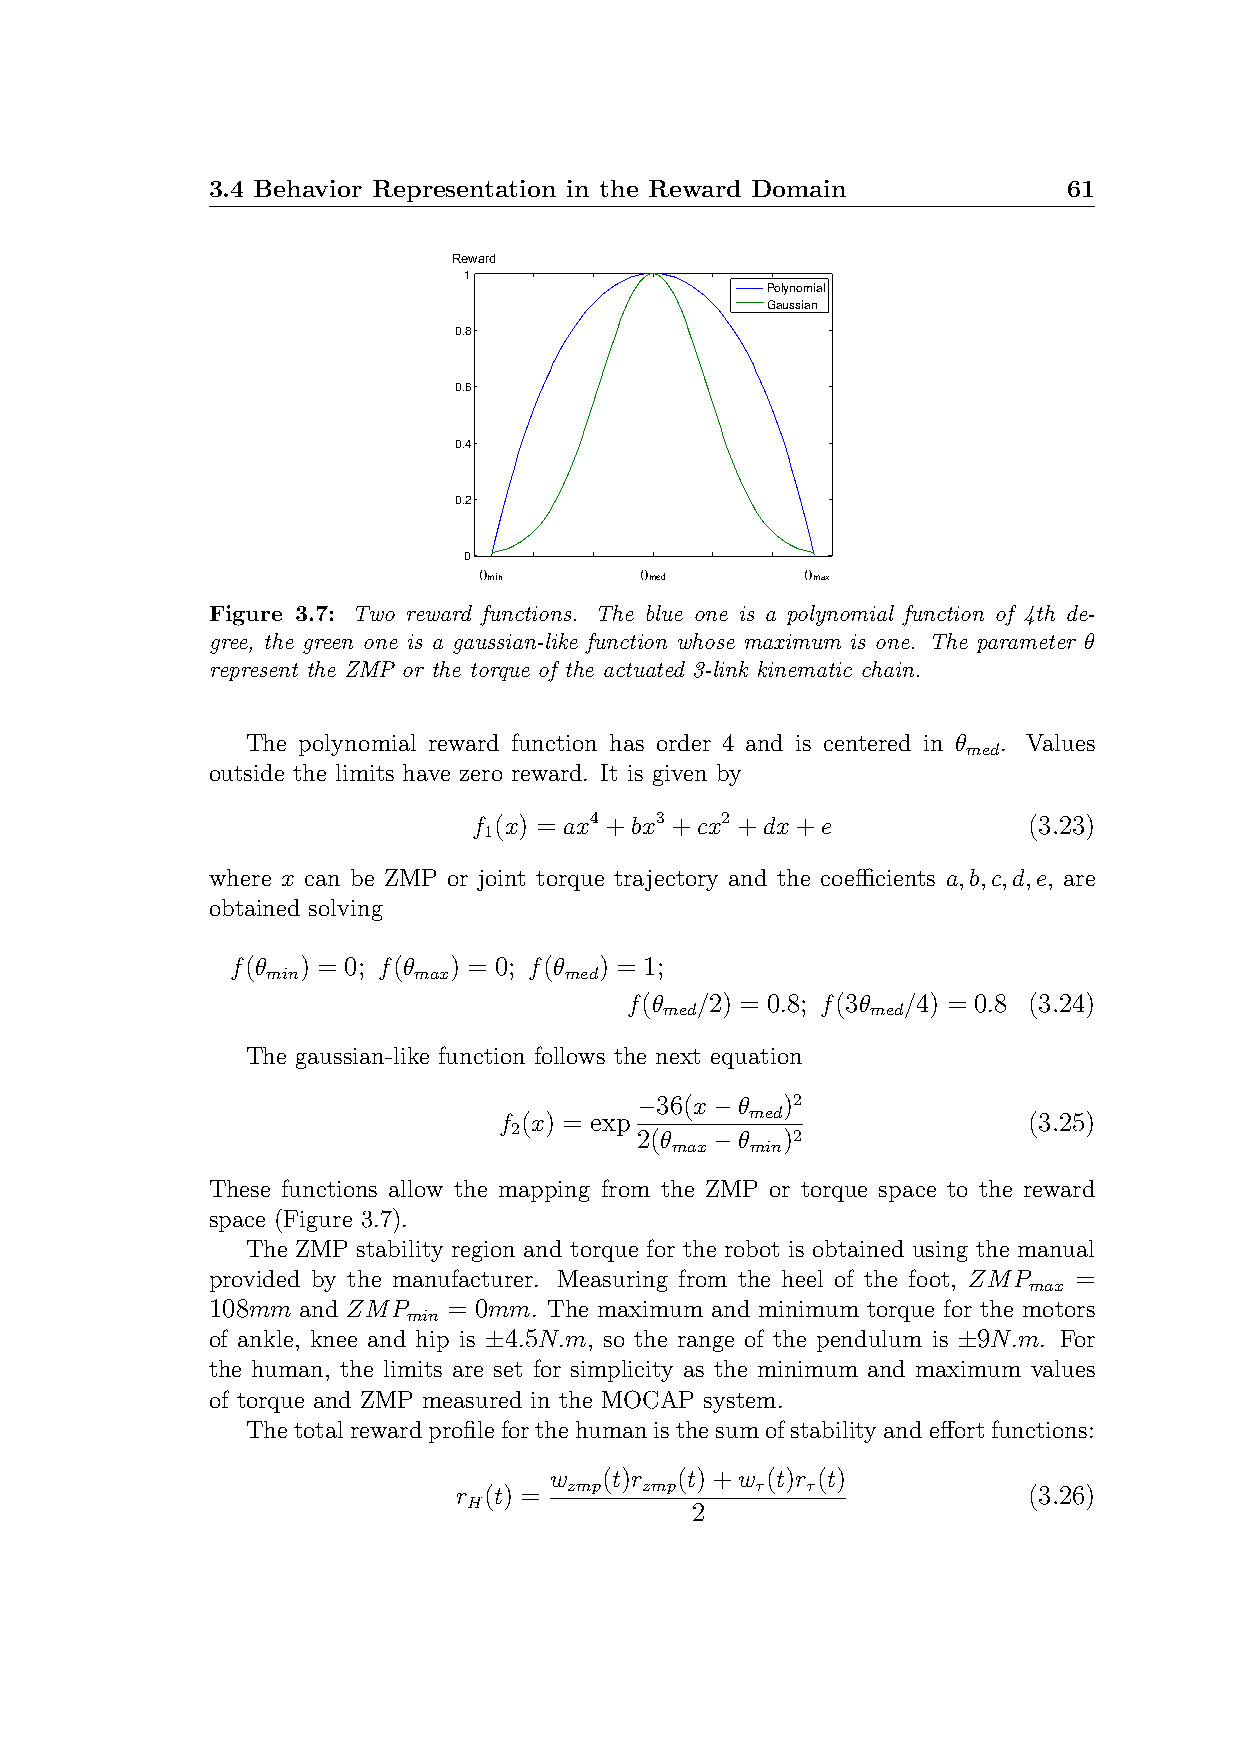
3.4 Behavior Representation in the Reward Domain         61
 Reward
 1
 Polynomial
 Gaussian
 0.8
 0.6
 0.4
 0.2
 0
 −0.0�6 −0.04 −0.02 �0 0.02 0.04 � 0.06
 min        med        max
 Figure 3.7: Two reward functions. The blue one is a polynomial function of 4th de-
 gree, the green one is a gaussian-like function whose maximum is one. The parameter θ
 represent the ZMP or the torque of the actuated 3-link kinematic chain.
 The polynomial reward function has order 4 and is centered in θ . Values
 med
 outside the limits have zero reward. It is given by
 f (x) = ax4 +bx3 +cx2 +dx+e          (3.23)
 1
 where x can be ZMP or joint torque trajectory and the coefficients a,b,c,d,e, are
 obtained solving
 f(θ  ) = 0; f(θ ) = 0; f(θ ) = 1;
 min      max       med
 f(θ  /2) = 0.8; f(3θ /4) = 0.8 (3.24)
 med           med
 The gaussian-like function follows the next equation
 −36(x−θ   )2
 f (x) = exp      med               (3.25)
 2       2(θ  −θ   )2
 max   min
 These functions allow the mapping from the ZMP or torque space to the reward
 space (Figure 3.7).
 The ZMP stability region and torque for the robot is obtained using the manual
 provided by the manufacturer. Measuring from the heel of the foot, ZMP =
 max
 108mm and ZMP   = 0mm. The maximum and minimum torque for the motors
 min
 of ankle, knee and hip is ±4.5N.m, so the range of the pendulum is ±9N.m. For
 the human, the limits are set for simplicity as the minimum and maximum values
 of torque and ZMP measured in the MOCAP system.
 Thetotalrewardprofileforthehumanisthesumofstabilityandeffortfunctions:
 w   (t)r (t)+w (t)r (t)
 r (t) = zmp zmp     τ  τ              (3.26)
 H              2